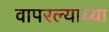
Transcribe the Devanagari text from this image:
वापरल्याच्या